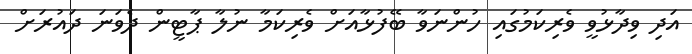
އަދި ވިދާޅުވީ ވެރިކަމުގައި ހުންނަވާ ބޭފުޅާއަށް ވެރިކަމާ ނުލާ ޕާޓީން ދެވަނަ ދައުރަށް